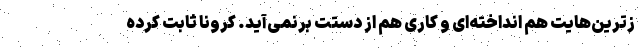
زترین‌هایت هم انداخته‌ای و کاری هم از دستت برنمی‌آید. کرونا ثابت کرده